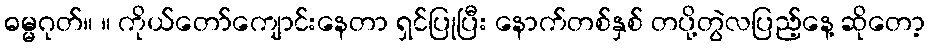
ဓမ္မဂုတ်။ ။ ကိုယ်တော်ကျောင်းနေတာ ရှင်ပြုပြီး နောက်တစ်နှစ် တပို့တွဲလပြည့်နေ့ ဆိုတော့